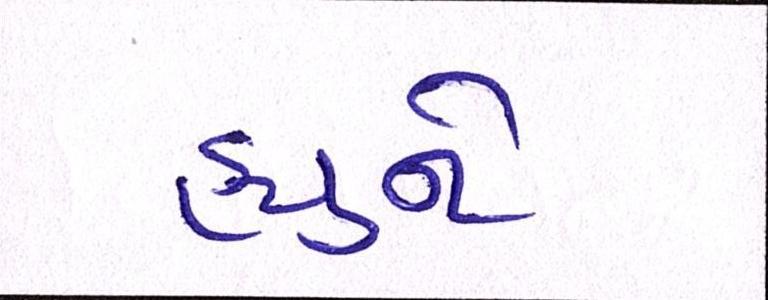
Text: હ્યુને